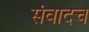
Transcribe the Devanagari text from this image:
संवादच